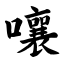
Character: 嚷